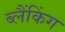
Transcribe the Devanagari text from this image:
ब्लैंकिंग